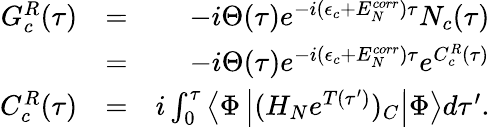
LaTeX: \begin{array}{rlr}{G_{c}^{R}(\tau)}&{=}&{-i\Theta(\tau)e^{-i(\epsilon_{c}+E_{N}^{corr})\tau}N_{c}(\tau)}\\ &{=}&{-i\Theta(\tau)e^{-i(\epsilon_{c}+E_{N}^{corr})\tau}e^{C_{c}^{R}(\tau)}}\\ {C_{c}^{R}(\tau)}&{=}&{i\int_{0}^{\tau}\left<\Phi\left|(H_{N}e^{T(\tau^{\prime})})_{C}\right|\Phi\right>d\tau^{\prime}.}\end{array}